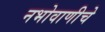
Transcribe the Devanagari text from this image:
नभोवाणीचे